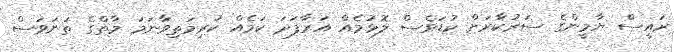
ރައީސް ޔާމީންގެ ސަރުކާރަށް ކުޑަވެސް ލޮޅުމެއް އަރާފަދަ ކަމެއް ކުރިމަތިވާނަމަ މާތްގެ ތަނަވަސް